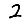
Digit: 2